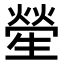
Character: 𤯵